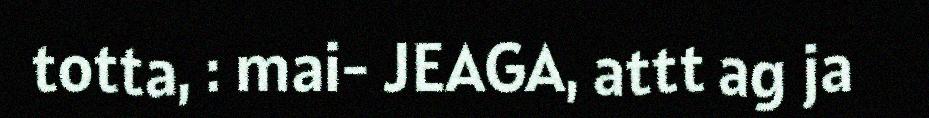
totta, : mai- JEAGA, attt ag ja